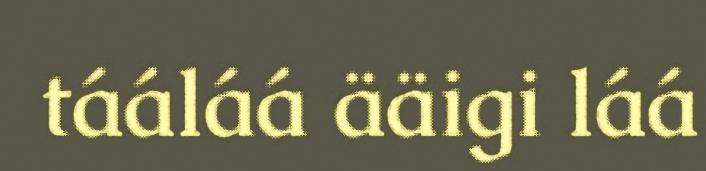
tááláá ääigi láá